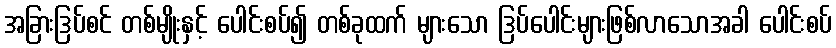
အခြားဒြပ်စင် တစ်မျိုးနှင့် ပေါင်းစပ်၍ တစ်ခုထက် များသော ဒြပ်ပေါင်းများဖြစ်လာသောအခါ ပေါင်းစပ်